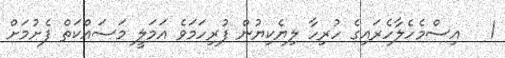
1   އިސްމެހެލާހެރައިގެ ހުރިހާ ލިޔެކިޔުން ފުރިހަމަވެ އަމަލީ މަސައްކަތް ފެށުމަށް